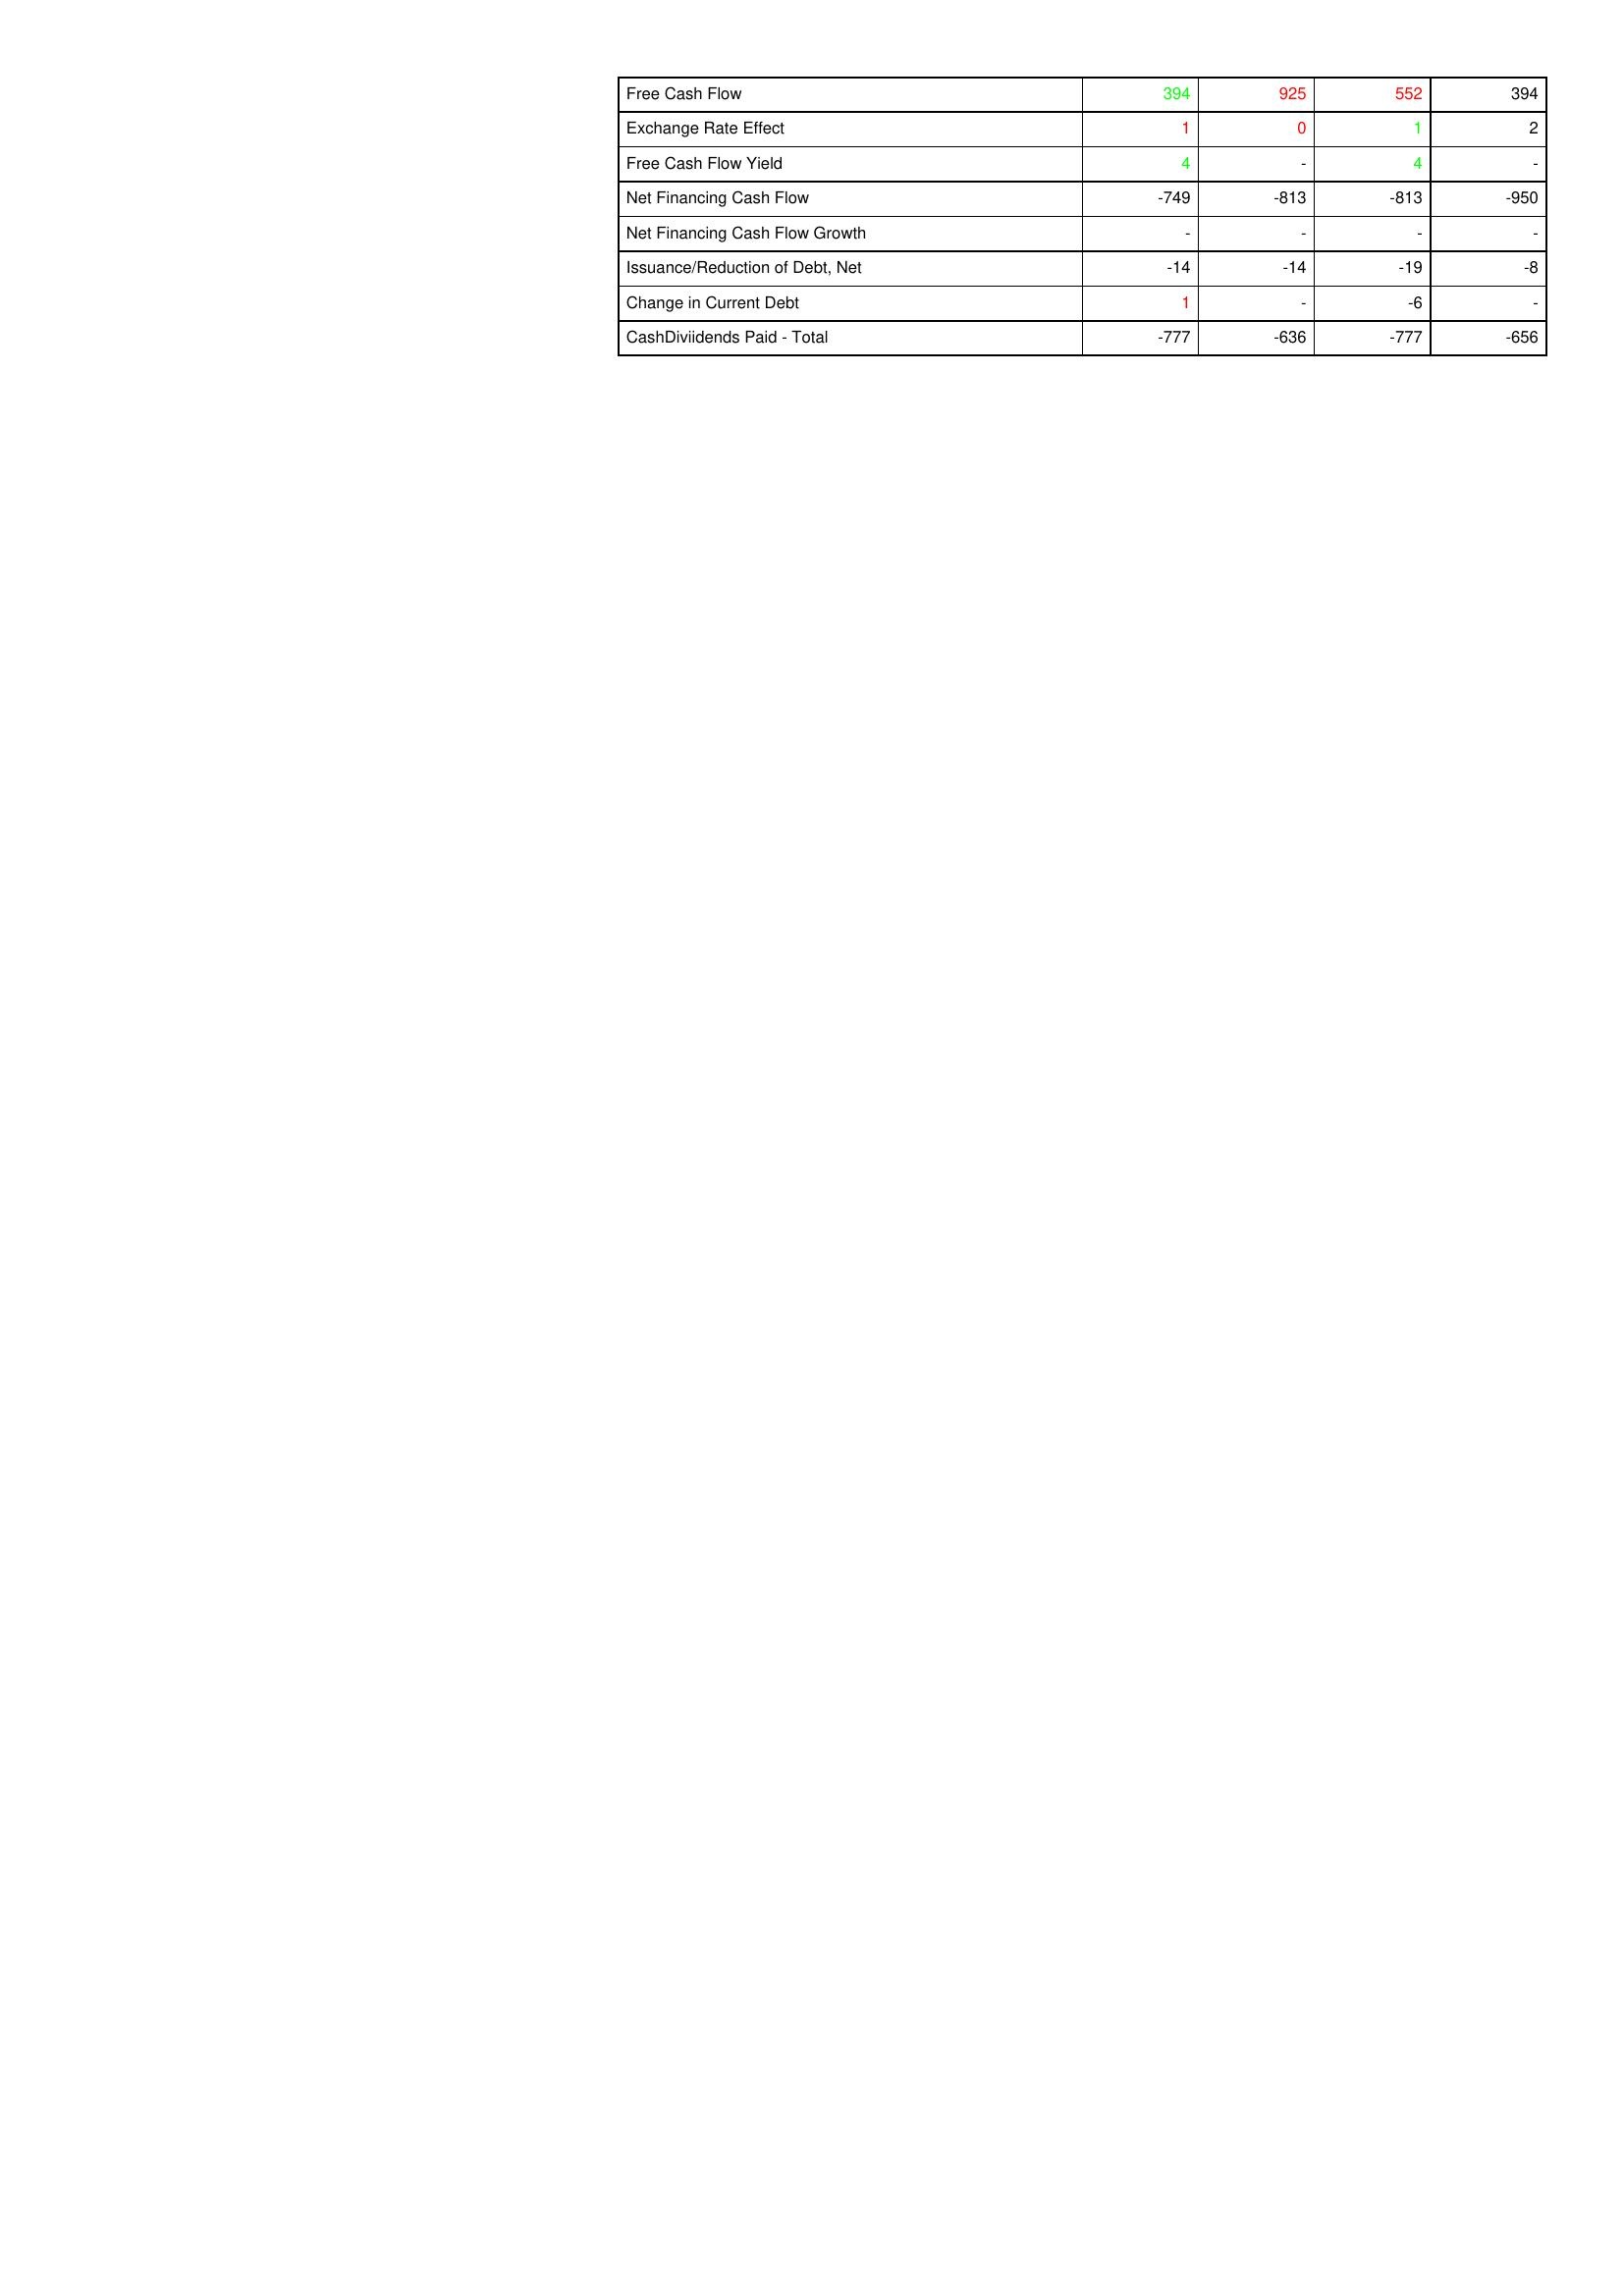
gt_parse: 2004: Financing Activities: Free Cash Flow: 394
Exchange Rate Effect: 1
Free Cash Flow Yield: 4
Net Financing Cash Flow: -749
Net Financing Cash Flow Growth: -
Issuance/Reduction of Debt, Net: -14
Change in Current Debt: 1
CashDiviidends Paid - Total: -777
2003: Financing Activities: Free Cash Flow: 925
Exchange Rate Effect: 0
Free Cash Flow Yield: -
Net Financing Cash Flow: -813
Net Financing Cash Flow Growth: -
Issuance/Reduction of Debt, Net: -14
Change in Current Debt: -
CashDiviidends Paid - Total: -636
2002: Financing Activities: Free Cash Flow: 552
Exchange Rate Effect: 1
Free Cash Flow Yield: 4
Net Financing Cash Flow: -813
Net Financing Cash Flow Growth: -
Issuance/Reduction of Debt, Net: -19
Change in Current Debt: -6
CashDiviidends Paid - Total: -777
2001: Financing Activities: Free Cash Flow: 394
Exchange Rate Effect: 2
Free Cash Flow Yield: -
Net Financing Cash Flow: -950
Net Financing Cash Flow Growth: -
Issuance/Reduction of Debt, Net: -8
Change in Current Debt: -
CashDiviidends Paid - Total: -656